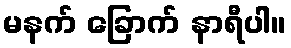
မနက် ခြောက် နာရီပါ။